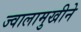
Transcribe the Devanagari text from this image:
ज्वालामुखीने